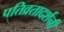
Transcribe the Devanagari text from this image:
पतिव्रतादर्शनी